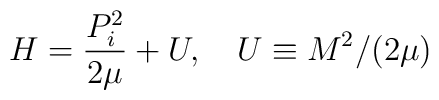
H=\frac{P_{i}^{2}}{2\mu}+U,\quad U\equiv M^{2}/(2\mu)